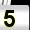
Digit: 5